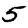
Digit: 5